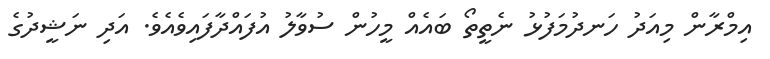
އިމްރާން މިއަދު ހަނދުމަފުޅު ނެތީތޯ ބައެއް މީހުން ސުވާލު އުފައްދާފައިވެއެވެ. އަދި ނަޝީދުގެ